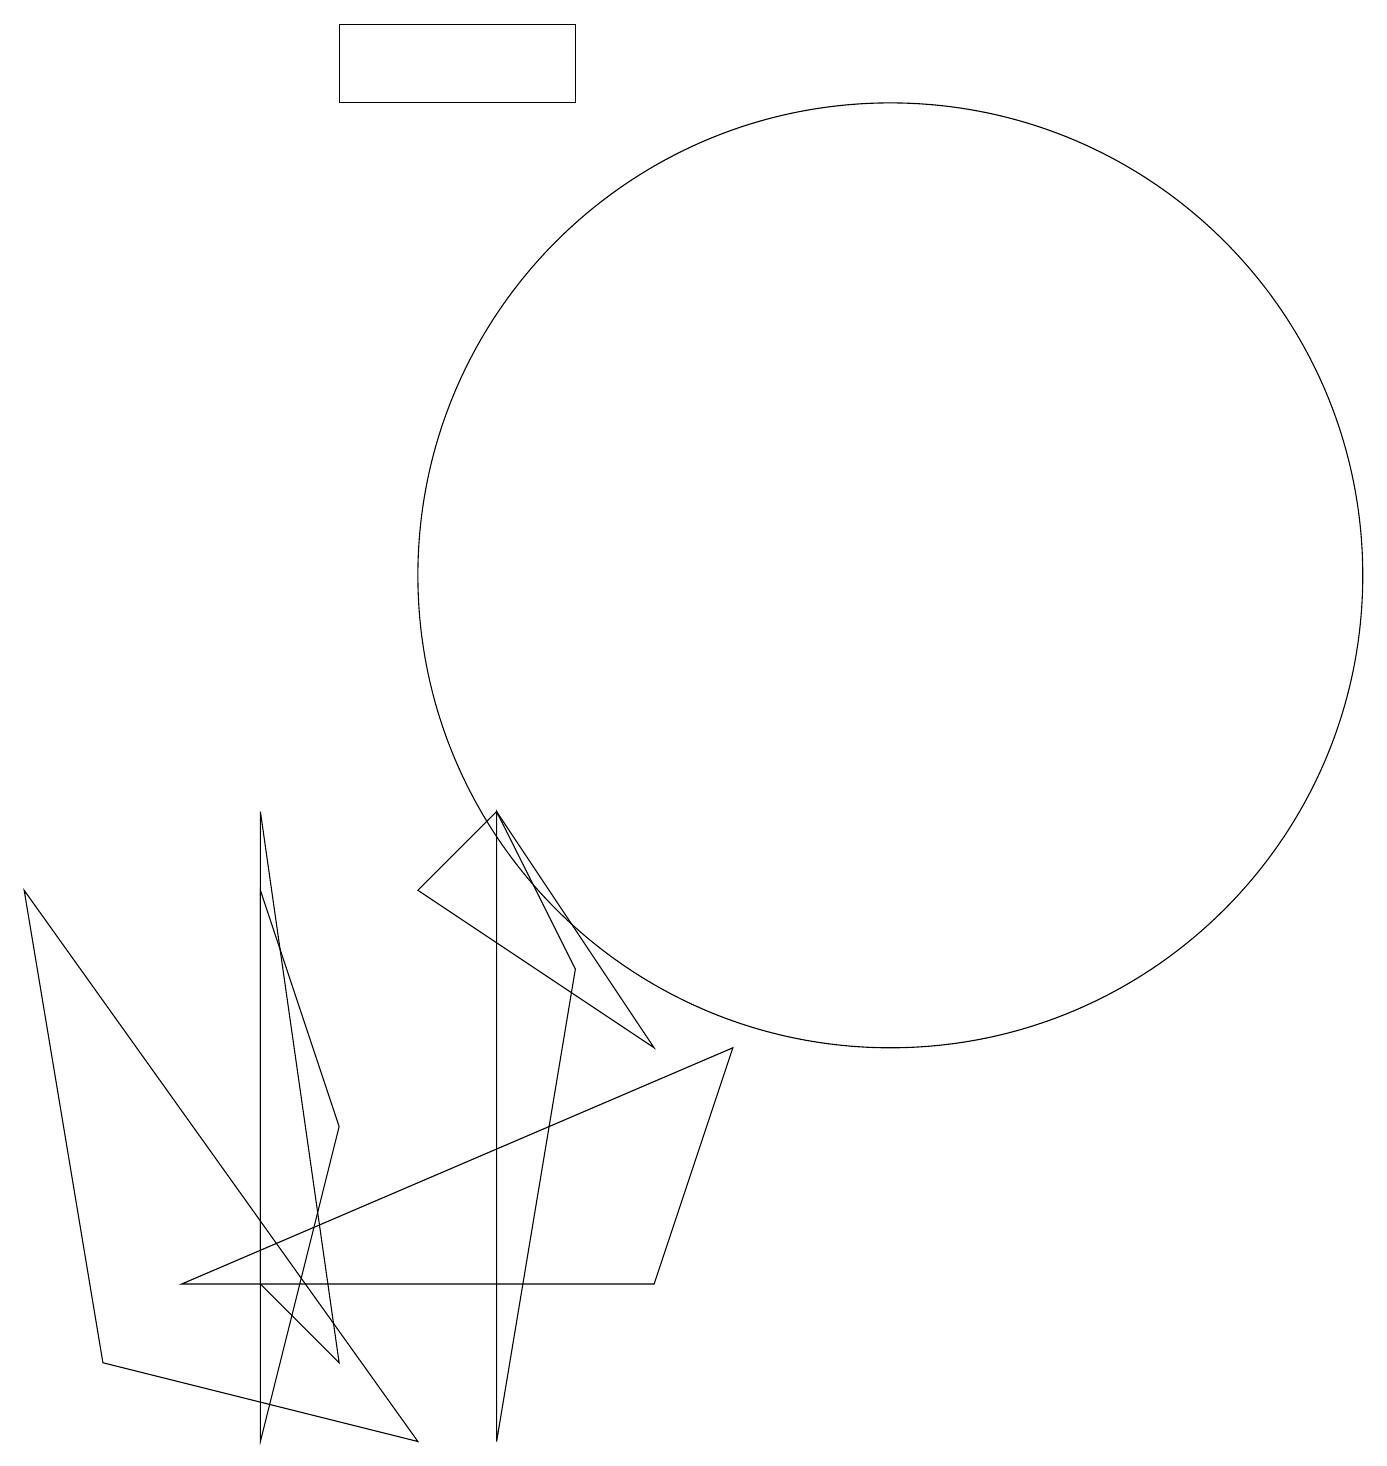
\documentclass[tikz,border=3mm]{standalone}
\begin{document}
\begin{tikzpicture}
\draw (8,6) -- (5,8) -- (6,9) -- cycle;
\draw (11,12) circle (6);
\draw (8,3) -- (2,3) -- (9,6) -- cycle;
\draw (6,9) -- (6,1) -- (7,7) -- cycle;
\draw (1,2) -- (0,8) -- (5,1) -- cycle;
\draw (3,1) -- (4,5) -- (3,8) -- cycle;
\draw (3,3) -- (3,9) -- (4,2) -- cycle;
\draw (7,18) rectangle (4,19);
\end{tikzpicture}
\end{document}